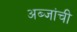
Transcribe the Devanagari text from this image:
अब्जांची